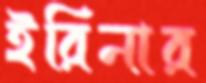
ইরিনার